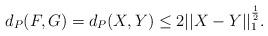
LaTeX: \begin{align*}d_P(F,G)=d_P(X,Y)\leq 2||X-Y||_1^{\frac12}.\end{align*}